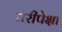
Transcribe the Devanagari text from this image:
घरीपेक्षा